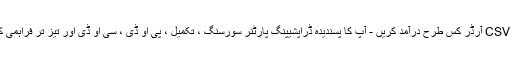
ایکسل یا CSV آرڈر کس طرح درآمد کریں - آپ کا پسندیدہ ڈراپشیپنگ پارٹنر سورسنگ ، تکمیل ، پی او ڈی ، سی او ڈی اور تیز تر فراہمی کے ساتھ۔